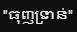
"ធុញទ្រាន់"